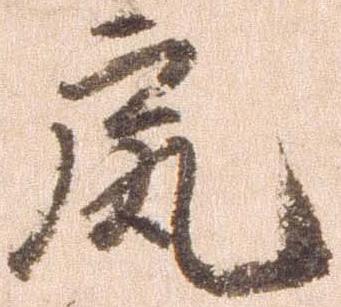
尻